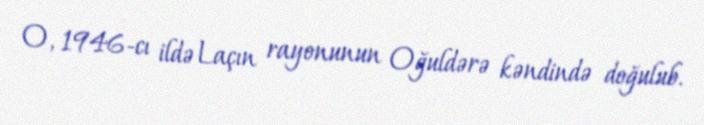
O, 1946-cı ildə Laçın rayonunun Oğuldərə kəndində doğulub.